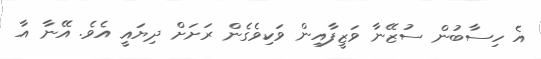
އެ ހިސާބުން ސުޒޭނާ ވަޒީފާއިން ވަކިވެގެން ރަށަށް ދިޔައީ އެވެ. އޭނާ އާ